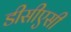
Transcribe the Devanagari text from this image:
डीसीएसी